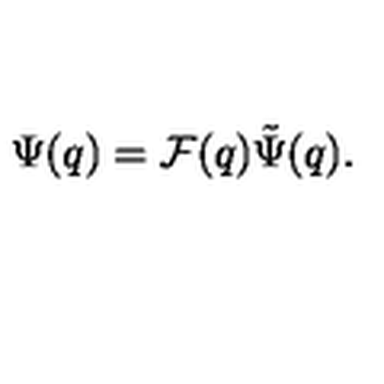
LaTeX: \Psi ( q ) = { \cal F } ( q ) \tilde { \Psi } ( q ) .